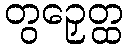
တွဉှေတ္ထ